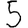
Digit: 5